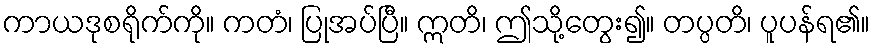
ကာယဒုစရိုက်ကို။ ကတံ၊ ပြုအပ်ပြီ။ ဣတိ၊ ဤသို့တွေး၍။ တပ္ပတိ၊ ပူပန်ရ၏။